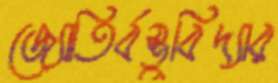
জ্যোতির্বস্তুবিদ্যার